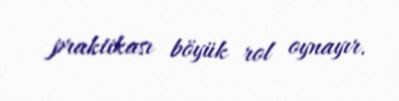
praktikası böyük rol oynayır.